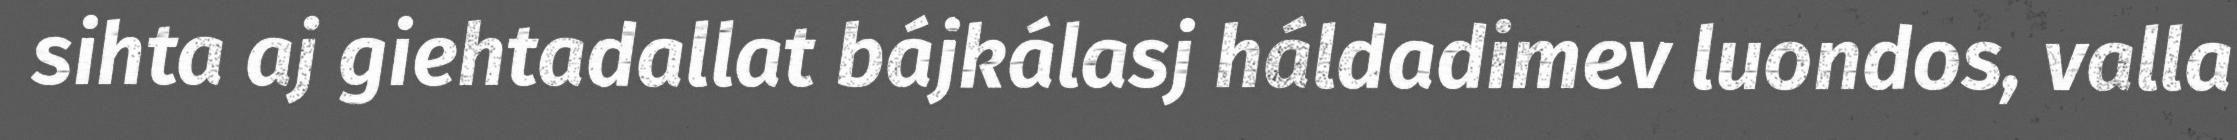
sihta aj giehtadallat bájkálasj háldadimev luondos, valla